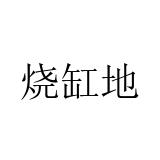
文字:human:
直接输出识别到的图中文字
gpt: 烧缸地